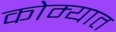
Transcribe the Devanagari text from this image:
कोम्यात